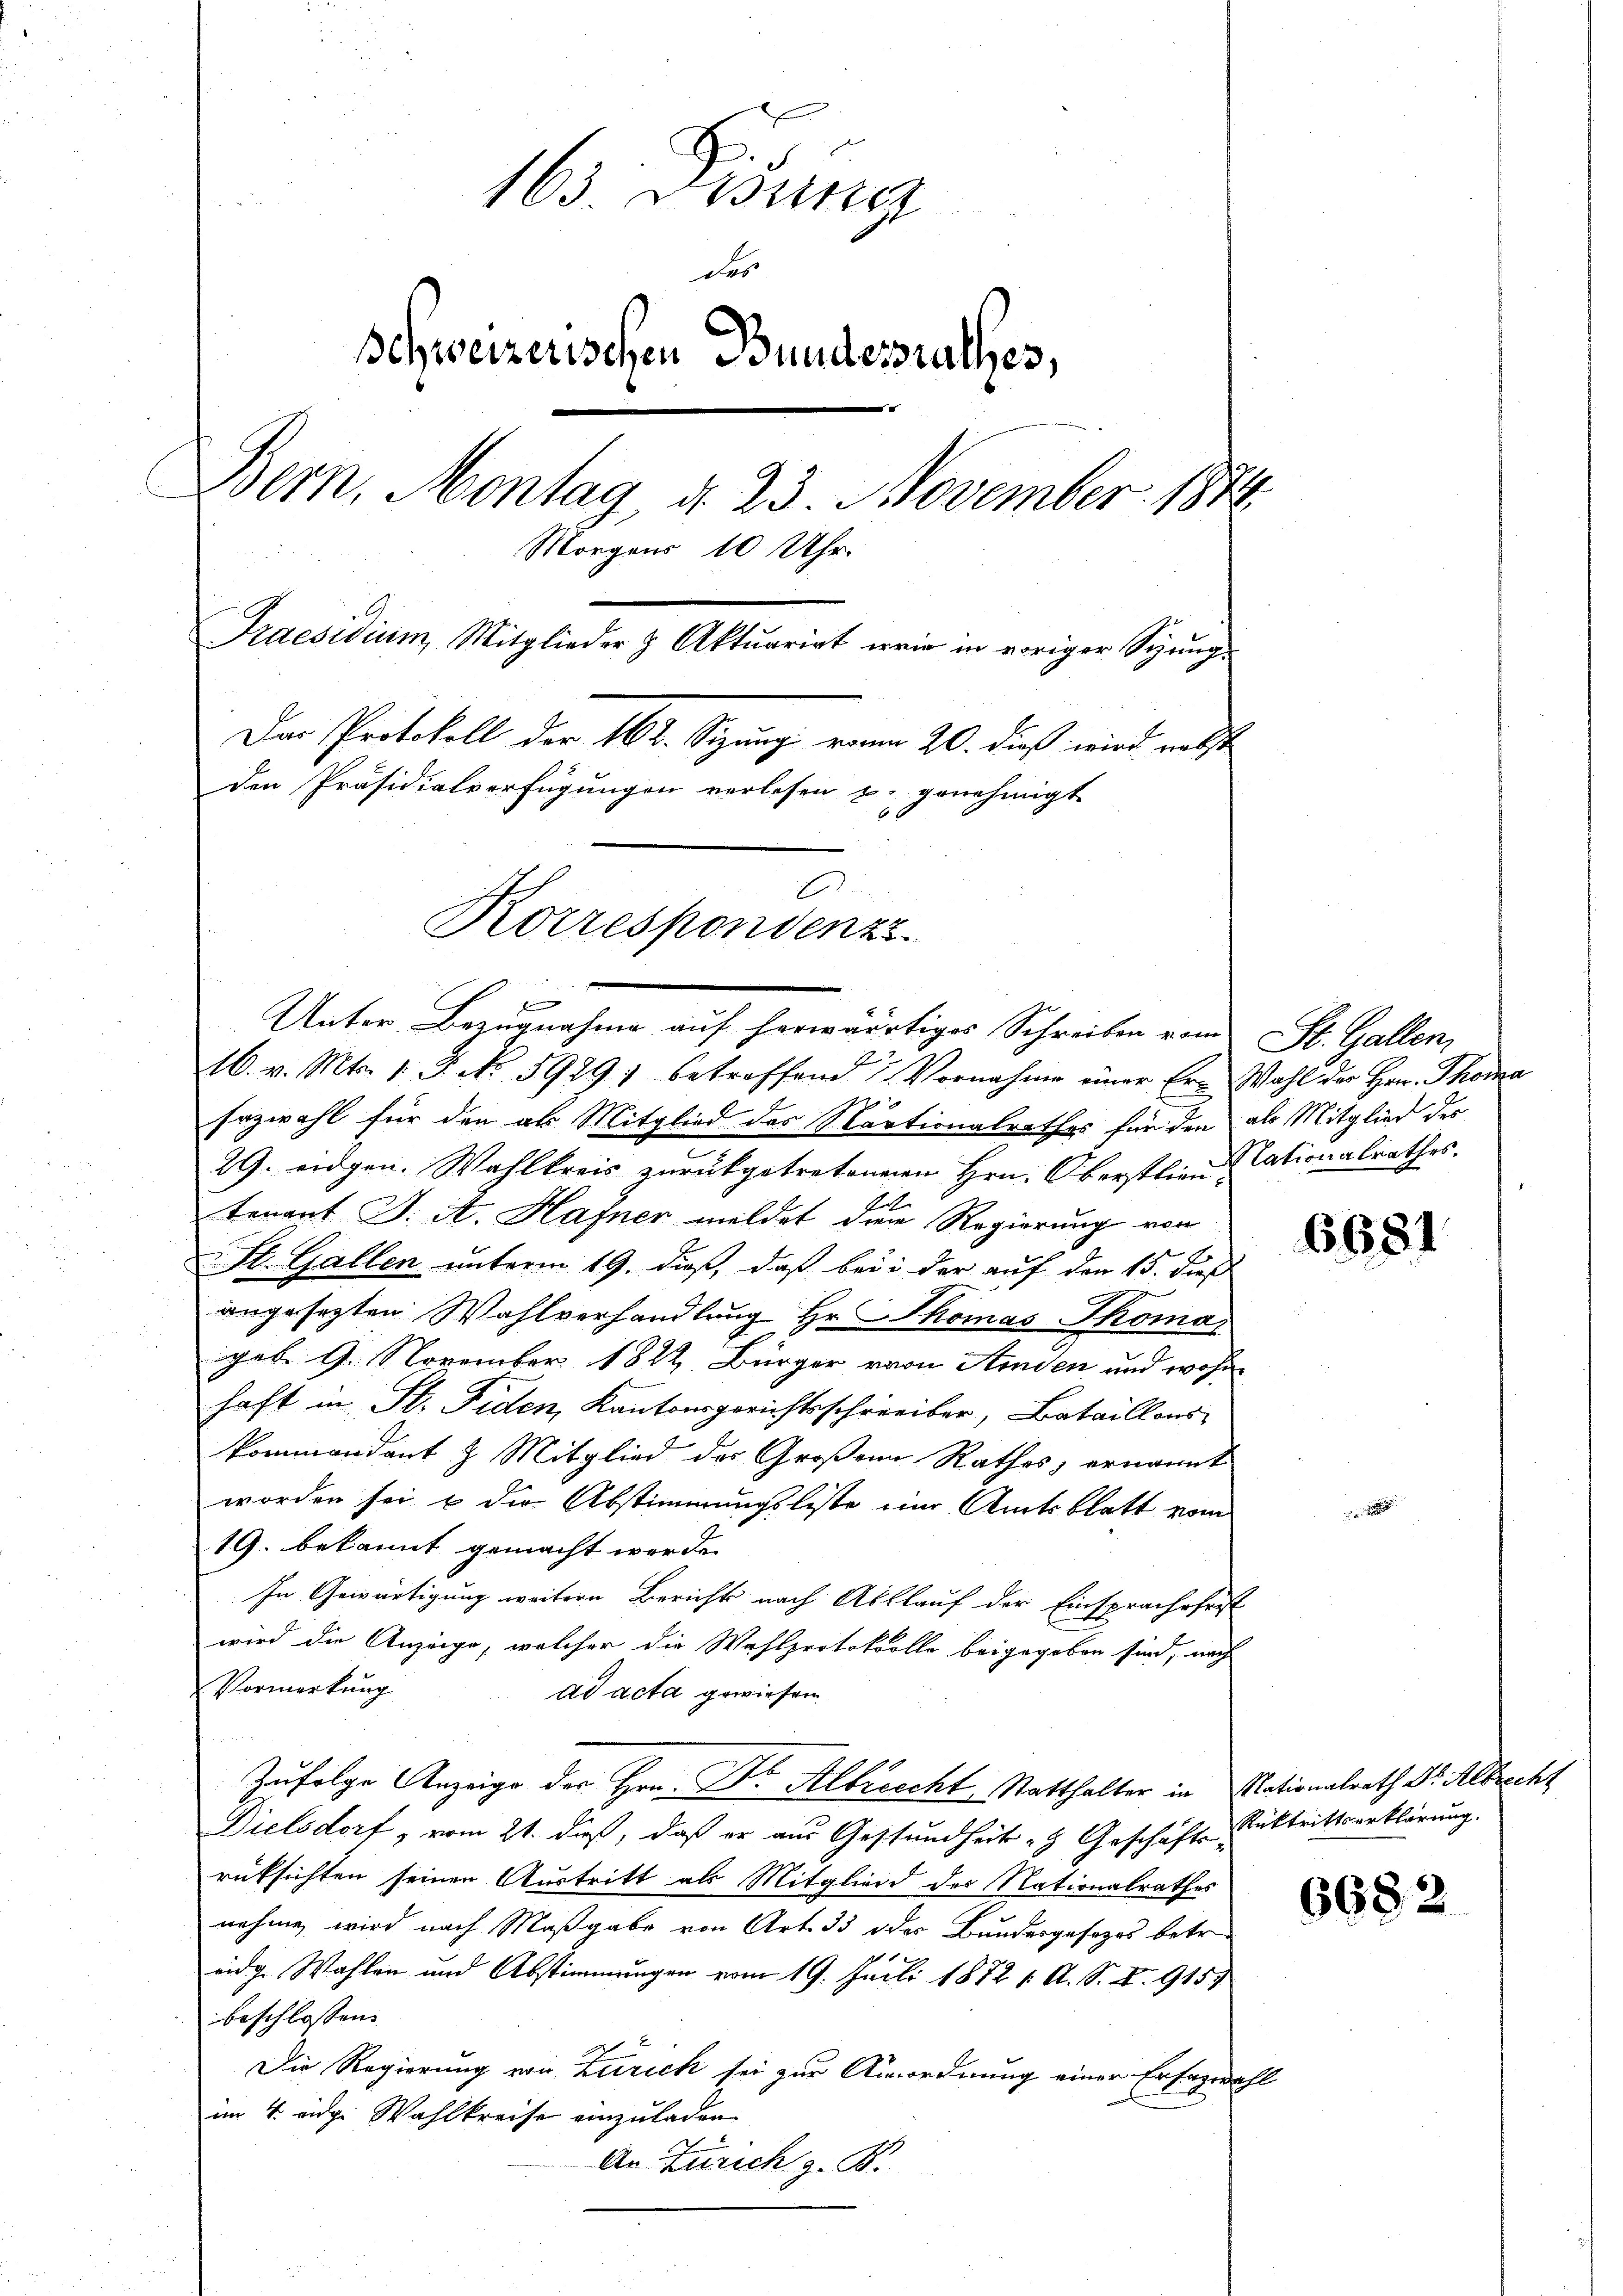
163. Disung
des
Schweizerischen Bundesrathes,
Bern, Montag, d. 23. November 1876
Morgens 10 Uhr
Praesidium, Mitglieder & Aktuarirt wie in voriger Syung¬
Das Protokoll der 162. Sizung vom 20. dieß wird nebst
den Präsidialverfügungen verlesen u. genehmigt
E
Korrespondenz

e
16. v. Mts. 1. J. No. 5929) betroffend 7. Vornahme einer Er- Wahl der Hrn. Thoma
sazwahl für den als Mitglied des Startionalrathes für den als Mitglied des
29. eidgen. Wahlkreis zŭrückgetretenen Hrn. Oberstlien Nationalrathes.
tenant J. A. Hafner meldet dem Regierung von
St. Gallen unterm 19. dieß, daß bei der auf den 15. dieß
angesezten Wahlverhandlung Hr. Thomas Thoma
geb. 9. November 1822, Bürger von Amden und wohn
haft in St. Fiden, Kantonsgerichtsschreiber, Bataillons
kommandant & Mitglied des Großen Rathes, ernannt
worden sei & der Abstimmungsliste eine Amtsblatt vom
19. bekannt gemacht werde.
In Gewärtigung weitere Berichts nach Abllauf der Einsprachsfert
wird die Anzeige, welcher die Wahlprotokolle beigegeben sind, nach
Vormerkung
ad acta gewiesen
Zufolge Anzeige der Hrn. Dr Albrecht Statthalter in Elationalrath Dr. Albrecht
Dielsdorf, vom 21. daß, daß er aus Gesundheit - Geschäfte Rücktrittserklärung.
rüksichten seinen Austritt als Mitglied des Nationalrathes
nehme, wird nach Maßgabe von Art. 33 des Bundesgesezes betre
eidg. Wahlen und Abstimmungen vom 19. Juli 1872 1. A. S. Z. 915)
beschlossen:
Die Regierung von Zürich sei zur Anordnung einer Erfazwahl
im 4. eidg. Wahlkreise einzuladen
An Zürich z. B.

Unter Bezugnahme auf herwärtiges Schreiben vom St. Gallen,

6681

6682